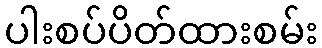
ပါးစပ်ပိတ်ထားစမ်း